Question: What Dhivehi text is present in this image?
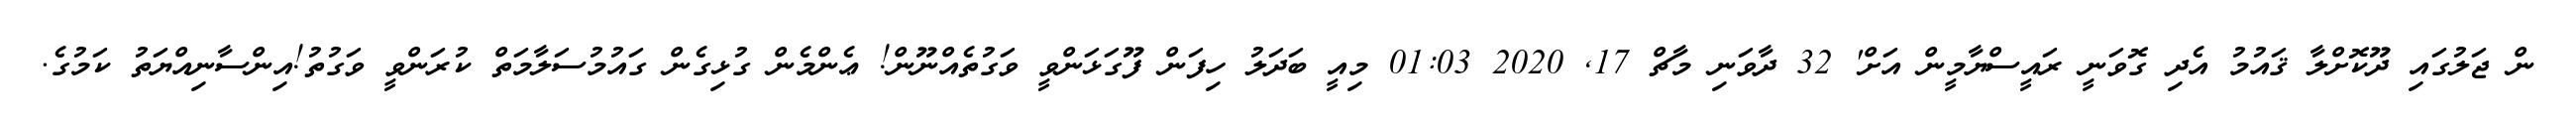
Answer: ން ޖަލުގައި ދޫކޮށްލާ ޤައުމު އެދި ގޮވަނީ ރައީސްޔާމީން އަށް' 32 ދާވަނި މާޗް 17, 2020 01:03 މިއީ ބަދަލު ހިފަން ފޫގަޅަންވީ ވަގުތެއްނޫން! ޢެންމެން ގުޅިގެން ގައުމުސަލާމަތް ކުރަންވީ ވަގުތު!އިންސާނިއްޔަތު ކަމުގެ.